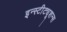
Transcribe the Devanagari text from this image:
इन्स्टीट्यूशन्स